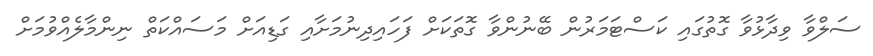
ސަލްވާ ވިދާޅުވާ ގޮތުގައި ކަސްޓަމަރުން ބޭނުންވާ ގޮތަކަށް ފަހައިދިނުމަށާއި ގަޑިއަށް މަސައްކަތް ނިންމާލެއްވުމަށް